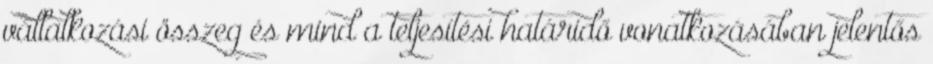
vállalkozási összeg és mind a teljesítési határidő vonatkozásában jelentős